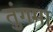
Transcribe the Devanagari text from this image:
तुंगमा